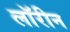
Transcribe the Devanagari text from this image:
लॉरीन